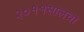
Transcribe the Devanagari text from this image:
२०११सालचा